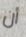
أن